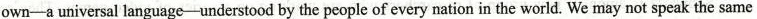
own--a universal language--understood by the people of every nation in the world. We may not speak the same